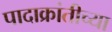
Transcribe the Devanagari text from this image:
पादाक्रांतीच्या